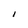
Character: I